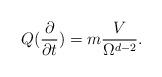
LaTeX: \begin{align*}Q(\frac{\partial }{\partial t})=m\frac{V}{\Omega ^{d-2}}.\end{align*}